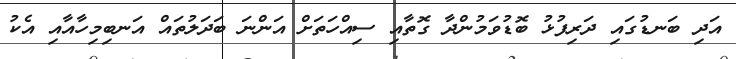
އަދި ބަނޑުގައި ދަރިފުޅު ބޮޑުވަމުންދާ ގޮތާއި ސިއްހަތަށް އަންނަ ބަދަލުތައް އަނބިމިހާއާއި އެކު